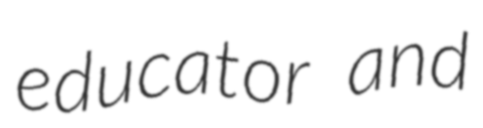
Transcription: educator and